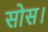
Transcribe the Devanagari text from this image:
सोस।